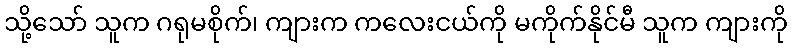
သို့သော် သူက ဂရုမစိုက်၊ ကျားက ကလေးငယ်ကို မကိုက်နိုင်မီ သူက ကျားကို